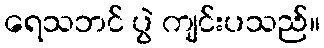
ရေသဘင် ပွဲ ကျင်းပသည်။